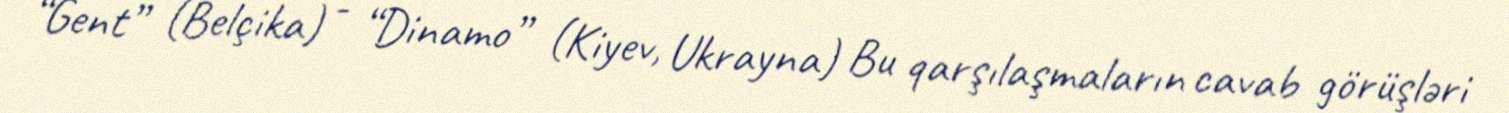
“Gent” (Belçika) - “Dinamo” (Kiyev, Ukrayna) Bu qarşılaşmaların cavab görüşləri